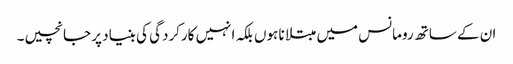
ان کے ساتھ رومانس میں مبتلا نا ہوں بلکہ انہیں کارکردگی کی بنیاد پر جانچیں۔